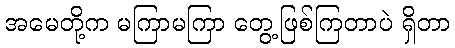
အမေတို့က မကြာမကြာ တွေ့ဖြစ်ကြတာပဲ ရှိတာ